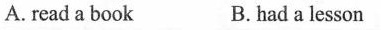
A. read a book B.had a lesson